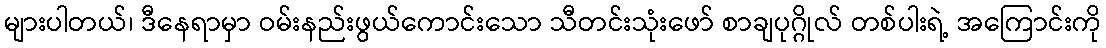
များပါတယ်၊ ဒီနေရာမှာ ဝမ်းနည်းဖွယ်ကောင်းသော သီတင်းသုံးဖော် စာချပုဂ္ဂိုလ် တစ်ပါးရဲ့ အကြောင်းကို